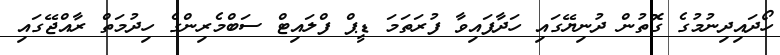
ހޯދައިދިނުމުގެ ގޮތުން ދުނިޔޭގައި ހަދާފައިވާ ފުރަތަމަ ޑީޕް ފްލައިޓް ސަބްމެރިންގެ ހިދުމަތް ރާއްޖޭގައި